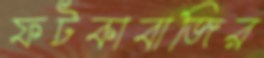
ফটকাবাজির